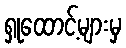
ရှုထောင့်များမှ